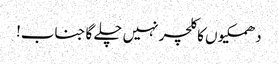
دھمکیوں کا کلچر نہیں چلے گا جناب!